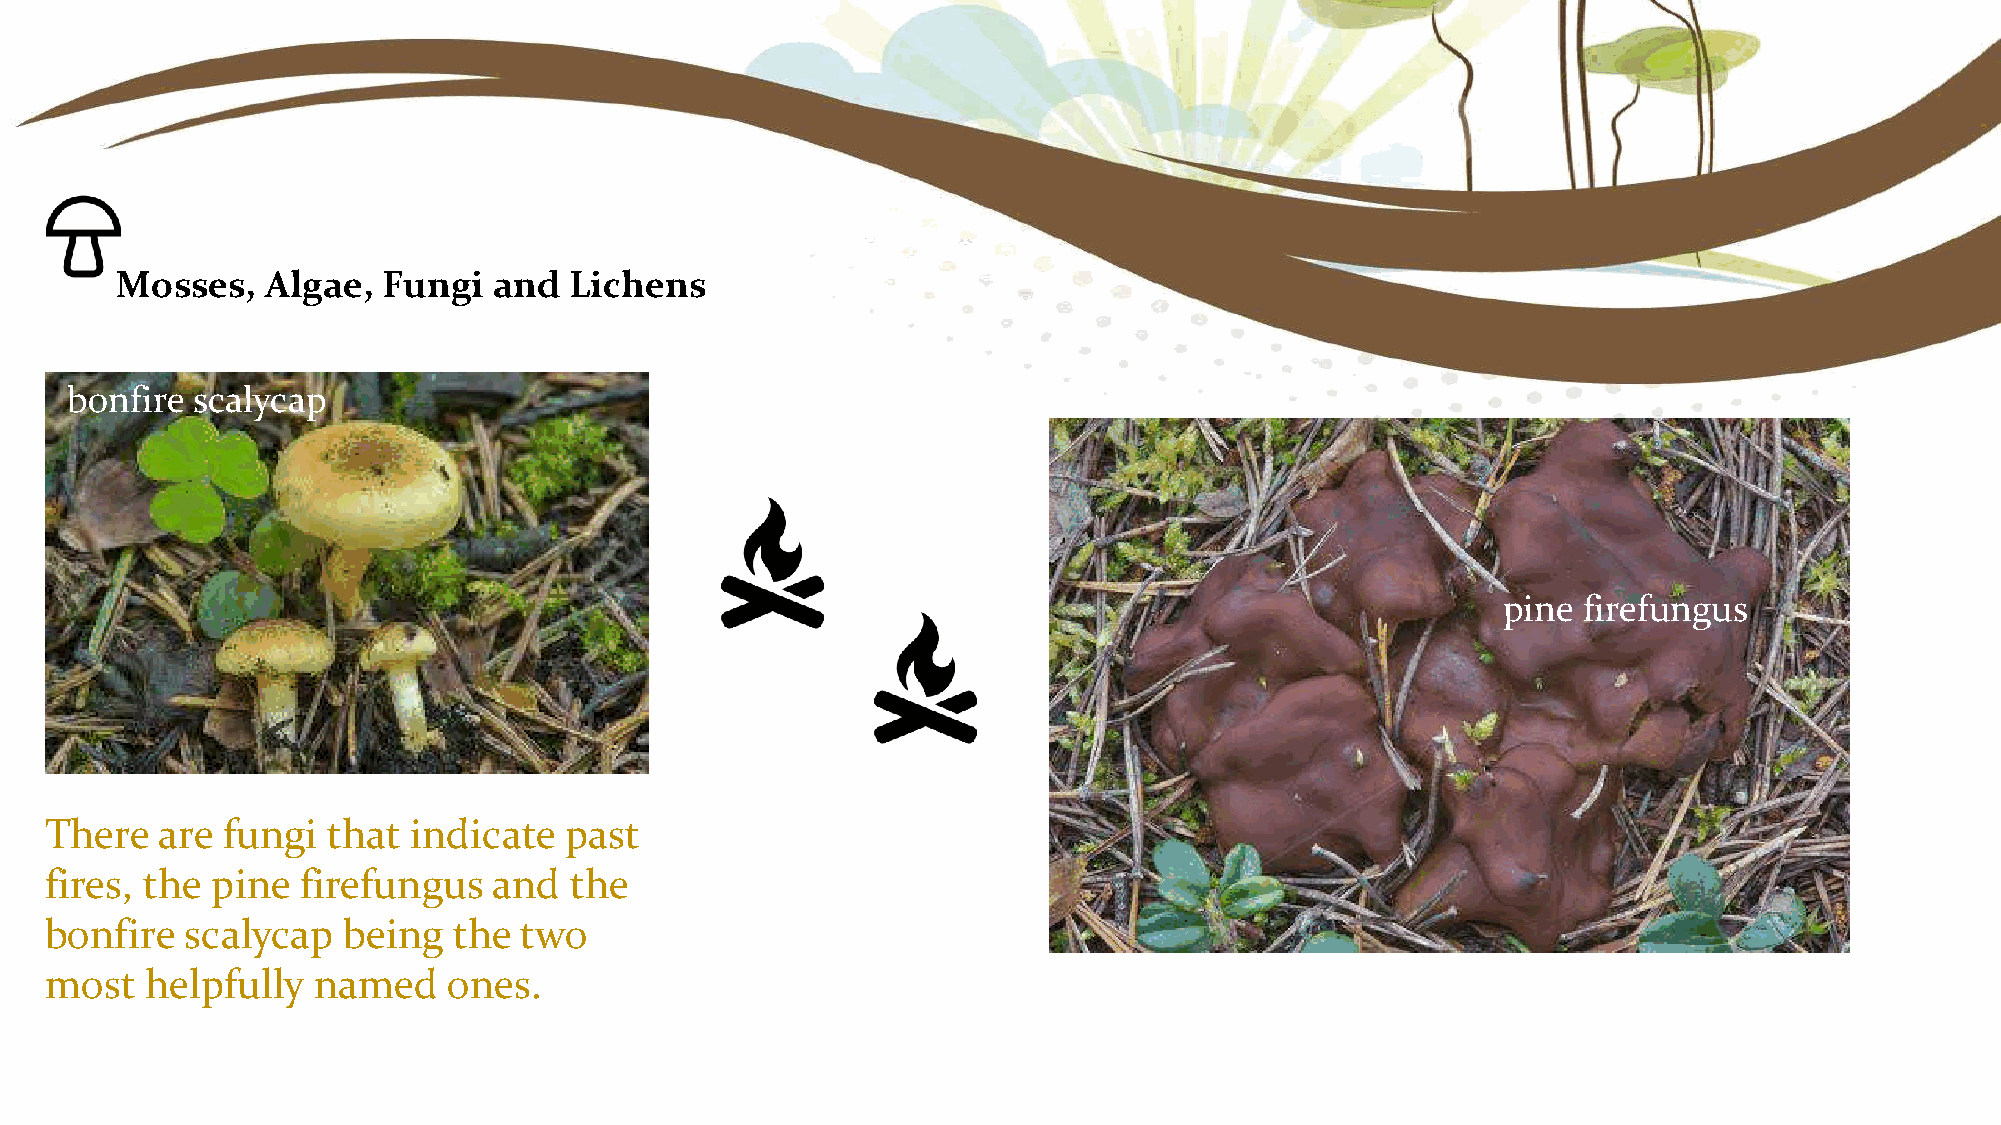
Mosses,   Algae, Fungi   and  Lichens
 bonfire  scalycap
 pine  firefungus
 There  are  fungi  that indicate  past
 fires, the pine  firefungus   and  the
 bonfire  scalycap   being  the  two
 most   helpfully  named    ones.